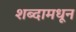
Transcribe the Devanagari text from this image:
शब्दामधून